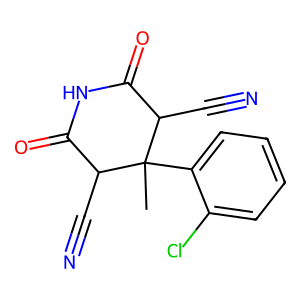
SMILES: CC1(c2ccccc2Cl)C(C#N)C(=O)NC(=O)C1C#N
Inhibits HIV replication: No